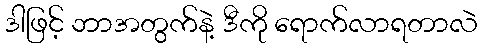
ဒါဖြင့် ဘာအတွက်နဲ့ ဒီကို ရောက်လာရတာလဲ